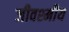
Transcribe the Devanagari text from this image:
जीवश्मीय